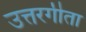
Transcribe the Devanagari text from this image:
उत्तरगीता